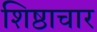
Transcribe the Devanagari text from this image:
शिष्ठाचार